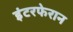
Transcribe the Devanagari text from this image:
इंटरफेरान